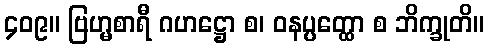
၄၀၉။ ဗြဟ္မစာရီ ဂဟဋ္ဌော စ၊ ဝနပ္ပတ္ထော စ ဘိက္ခုတိ။